Leaving Certificate Examination, 1905
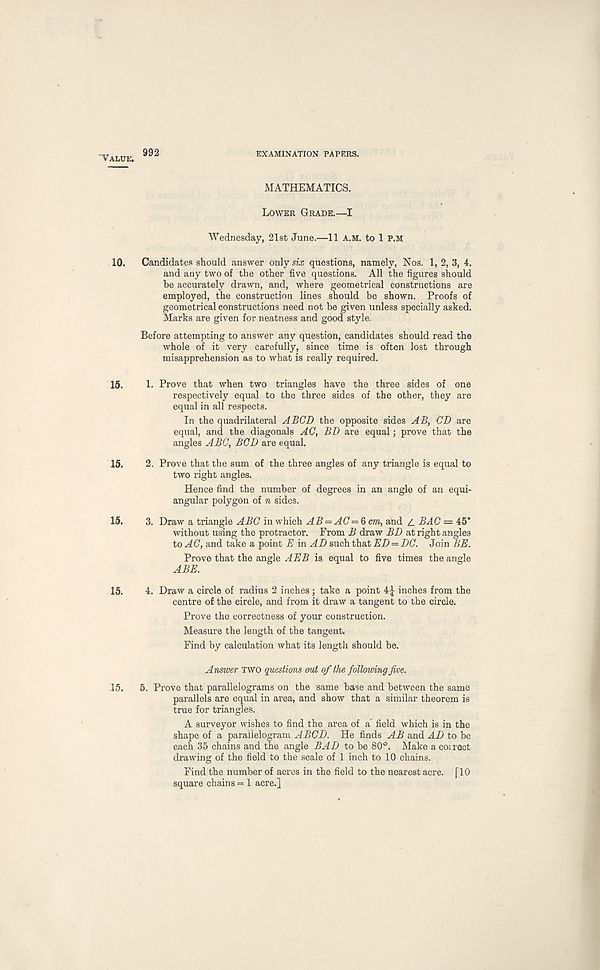
Value. 992
EXAMINATION PAPERS.
MATHEMATICS.
Lower Grade.—I
Wednesday, 21st June.—11 A.M. to 1 P.M
10. Candidates should answer only six questions, namely, Nos. 1,2,3, 4.
and any two of the other five questions. All the figures should
be accurately drawn, and, where geometrical constructions are
employed, the construction lines should bo shown. Proofs of
geometrical constructions need not be given unless specially asked.
Marks are given for neatness and good style.
Before attempting to answer any question, candidates should read the
whole of it very carefully, since time is often lost through
misapprehension as to what is really required.
15. 1. Prove that when two triangles have the three sides of one
respectively equal to the three sides of the other, they are
equal in all respects.
In the quadrilateral ABCD the opposite sides AB, CD are
equal, and the diagonals AC, BD are equal; prove that the
angles ABC, BCD are equal.
15. 2. Prove that the sum of the three angles of any triangle is equal to
two right angles.
Hence find the number of degrees in an angle of an equi-
angular polygon of n sides.
15. 3. Draw a triangle ABC in which AB = AC=6cm, and Z. BAG = 45*
without using the protractor. From B draw BD at right angles
to AC, and take a point E in AD such that ED — DC. Join BE.
Prove that the angle AEB is equal to five times the angle
ABE.
15. 4. Draw a circle of radius 2 inches; take a point 4J inches from the
centre of the circle, and from it draw a tangent to the circle.
Prove the correctness of your construction.
Measure the length of the tangent.
Find by calculation what its length should be.
Answer TWO questions out of the following five.
15. 5. Prove that parallelograms on the same base and between the same
parallels are equal in area, and show that a similar theorem is
true for triangles.
A surveyor wishes to find the area of a field which is in the
shape of a parallelogram ABCD. He finds AB and AD to be
each 35 chains and the angle BAD to be 80°. Make a coirect
drawing of the field to the scale of 1 inch to 10 chains.
Find the number of acres in the field to the nearest acre. [10
square chains = 1 acre.]